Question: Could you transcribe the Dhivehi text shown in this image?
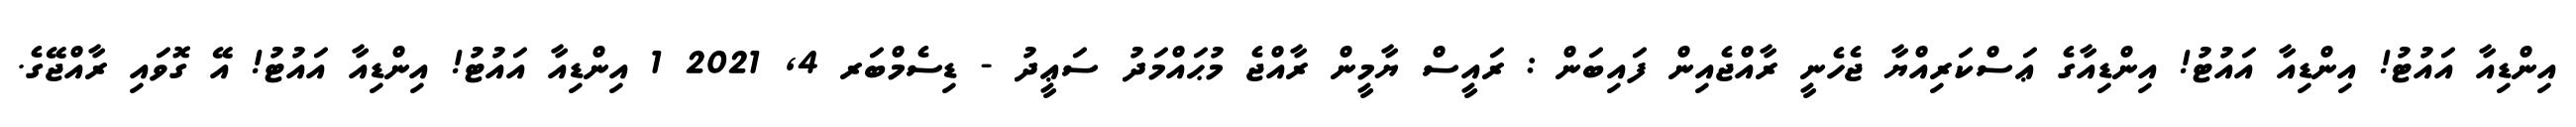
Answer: އިންޑިއާ އައުޓު! އިންޑިއާ އައުޓު! އިންޑިއާގެ ޢަސްކަރިއްޔާ ޖެހެނީ ރާއްޖެއިން ފައިބަން : ރައީސް ޔާމީން ރާއްޖެ މުޙައްމަދު ސަޢީދު - ޑިސެމްބަރ 4, 2021 1 އިންޑިއާ އައުޓު! އިންޑިއާ އައުޓު! އޭ ގޮވައި ރާއްޖޭގެ.